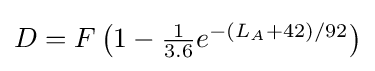
D=F\left(1-\textstyle {\frac {1}{3.6}}e^{-(L_{A}+42)/92}\right)